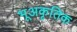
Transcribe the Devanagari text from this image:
भूअकृतिक